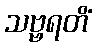
သဗ္ဗရတိံ